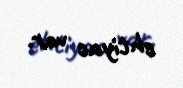
ehtiyac var.